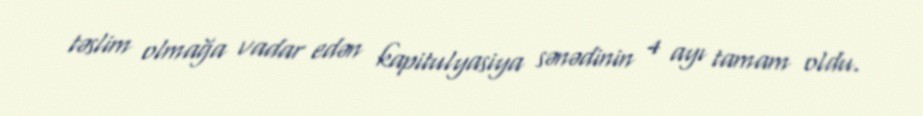
təslim olmağa vadar edən kapitulyasiya sənədinin 4 ayı tamam oldu.